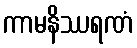
ကာမနိဿရဏံ